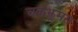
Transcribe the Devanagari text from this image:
चकझूमरा